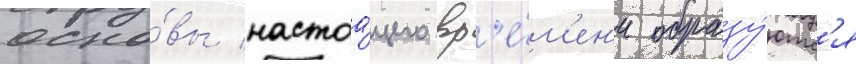
осно́вы настоа́щего вр'е́м'ен'и образу́ютс'я